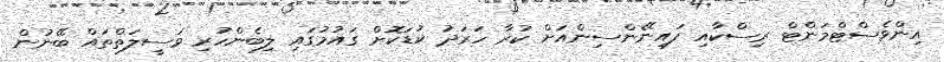
އިންވެސްޓްމަންޓް ރިސްކާއި ފައިނޭންސިންއަށް ކުރާ ހަރަދު ކުޑަކޮށް ގައުމުގައި ލިބެންހުރި ވަސީލަތްތައް ބޭނުން